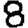
Digit: 8